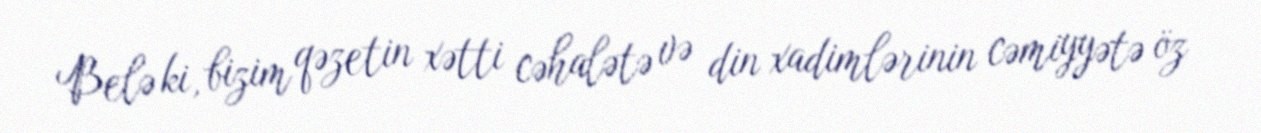
Belə ki, bizim qəzetin xətti cəhalətə və din xadimlərinin cəmiyyətə öz